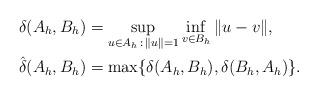
LaTeX: \begin{align*}\delta(A_h, B_h) & = \sup_{u \in A_h \, : \, \| u \| = 1} \inf_{v \in B_h} \| u - v \|,\\\hat \delta (A_h, B_h) & = \max \{ \delta(A_h, B_h), \delta(B_h,A_h) \}.\end{align*}